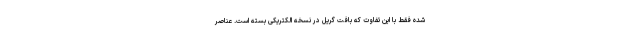
شده فقط با این تفاوت که بافت گریل در نسخه الکتریکی بسته است. عناصر